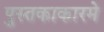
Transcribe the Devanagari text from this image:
पुस्तकाकारमे